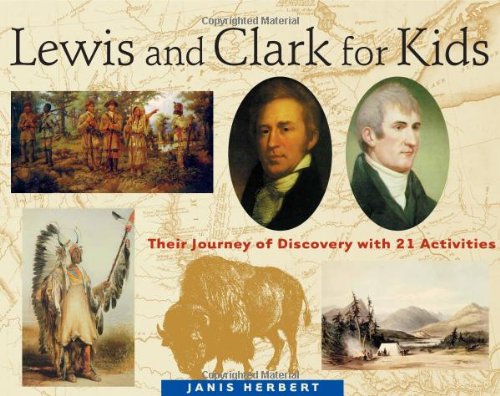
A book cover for Lewis and Clark for Kids: Their Journey of Discovery with 21 Activities (For Kids series); Janis Herbert; Children's Books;